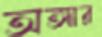
অঙ্গার